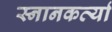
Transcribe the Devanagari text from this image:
स्नानकर्त्या